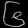
Digit: ၆